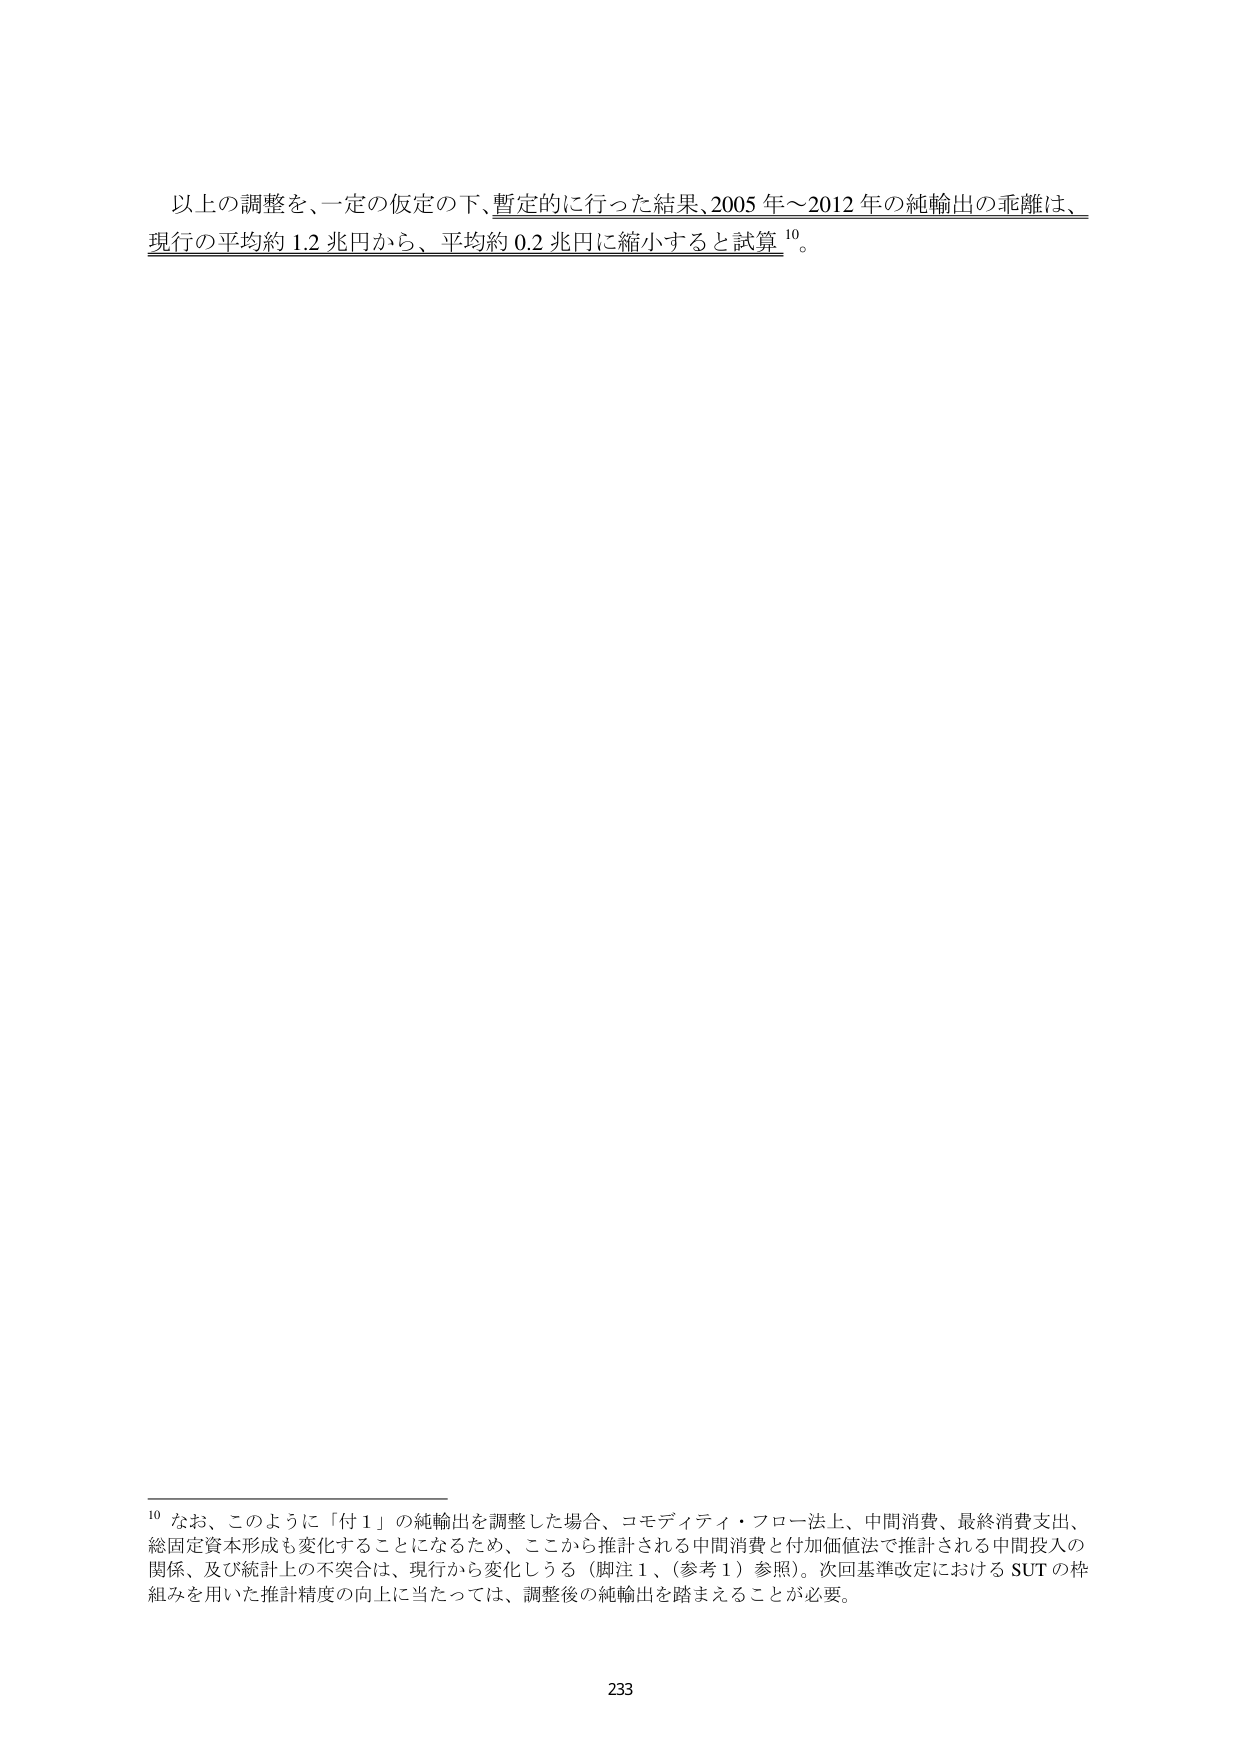
以上の調整を、一定の仮定の下、暫定的に行った結果、2005年～2012年の純輸出の乖離は、現行の平均約1.2兆円から、平均約0.2兆円に縮小すると試算¹⁰。

¹⁰ なお、このように「付1」の純輸出を調整した場合、コモディティ・フロー法上、中間消費、最終消費支出、総固定資本形成も変化することになるため、ここから推計される中間消費と付加価値法で推計される中間投入の関係、及び統計上の不突合は、現行から変化しうる（脚注1、（参考1）参照）。次回基準改定におけるSUTの枠組みを用いた推計精度の向上に当たっては、調整後の純輸出を踏まえることが必要。

233